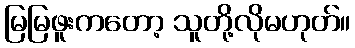
မြမြဖူးကတော့ သူတို့လိုမဟုတ်။